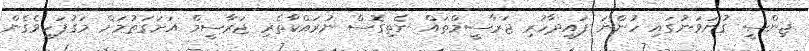
ޖިންސީ ގުނަވަނުގައި ހުންނަ ފައިދާހުރި ޖަރާސީމްތައް ނެތިގޮސް ނުރައްކާތެރި ޖަރާސީމް އަށަގަތުމަށް މަގުފަހިވެގެން